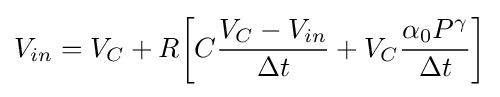
V_{in}=V_{C}+R{\bigg [}C{\frac {V_{C}-V_{in}}{\Delta t}}+V_{C}{\frac {\alpha _{0}P^{\gamma }}{\Delta t}}{\bigg ]}